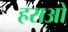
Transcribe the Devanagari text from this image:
हराओ